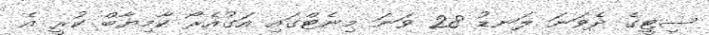
ސިޓީގެ ދެވަނަ ލަނޑު 28 ވަނަ މިނެޓްގައި އަގުއެރޯ ކާމިޔާބް ކުރީ އެ